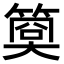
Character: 𥱁